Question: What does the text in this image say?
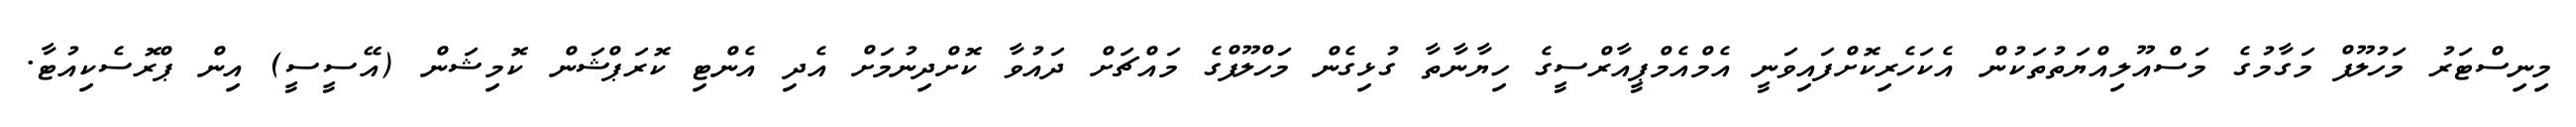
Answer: މިނިސްޓަރު މަހުލޫފް މަގާމުގެ މަސްއޫލިއްޔަތުތަކުން އެކަހެރިކޮށްފައިވަނީ އެމްއެމްޕީއާރްސީގެ ހިޔާނާތާ ގުޅިގެން މަހްލޫފްގެ މައްޗަށް ދައުވާ ކޮށްދިނުމަށް އެދި އެންޓި ކޮރަޕްޝަން ކޮމިޝަން (އޭސީސީ) އިން ޕްރޮސެކިއުޓާ.